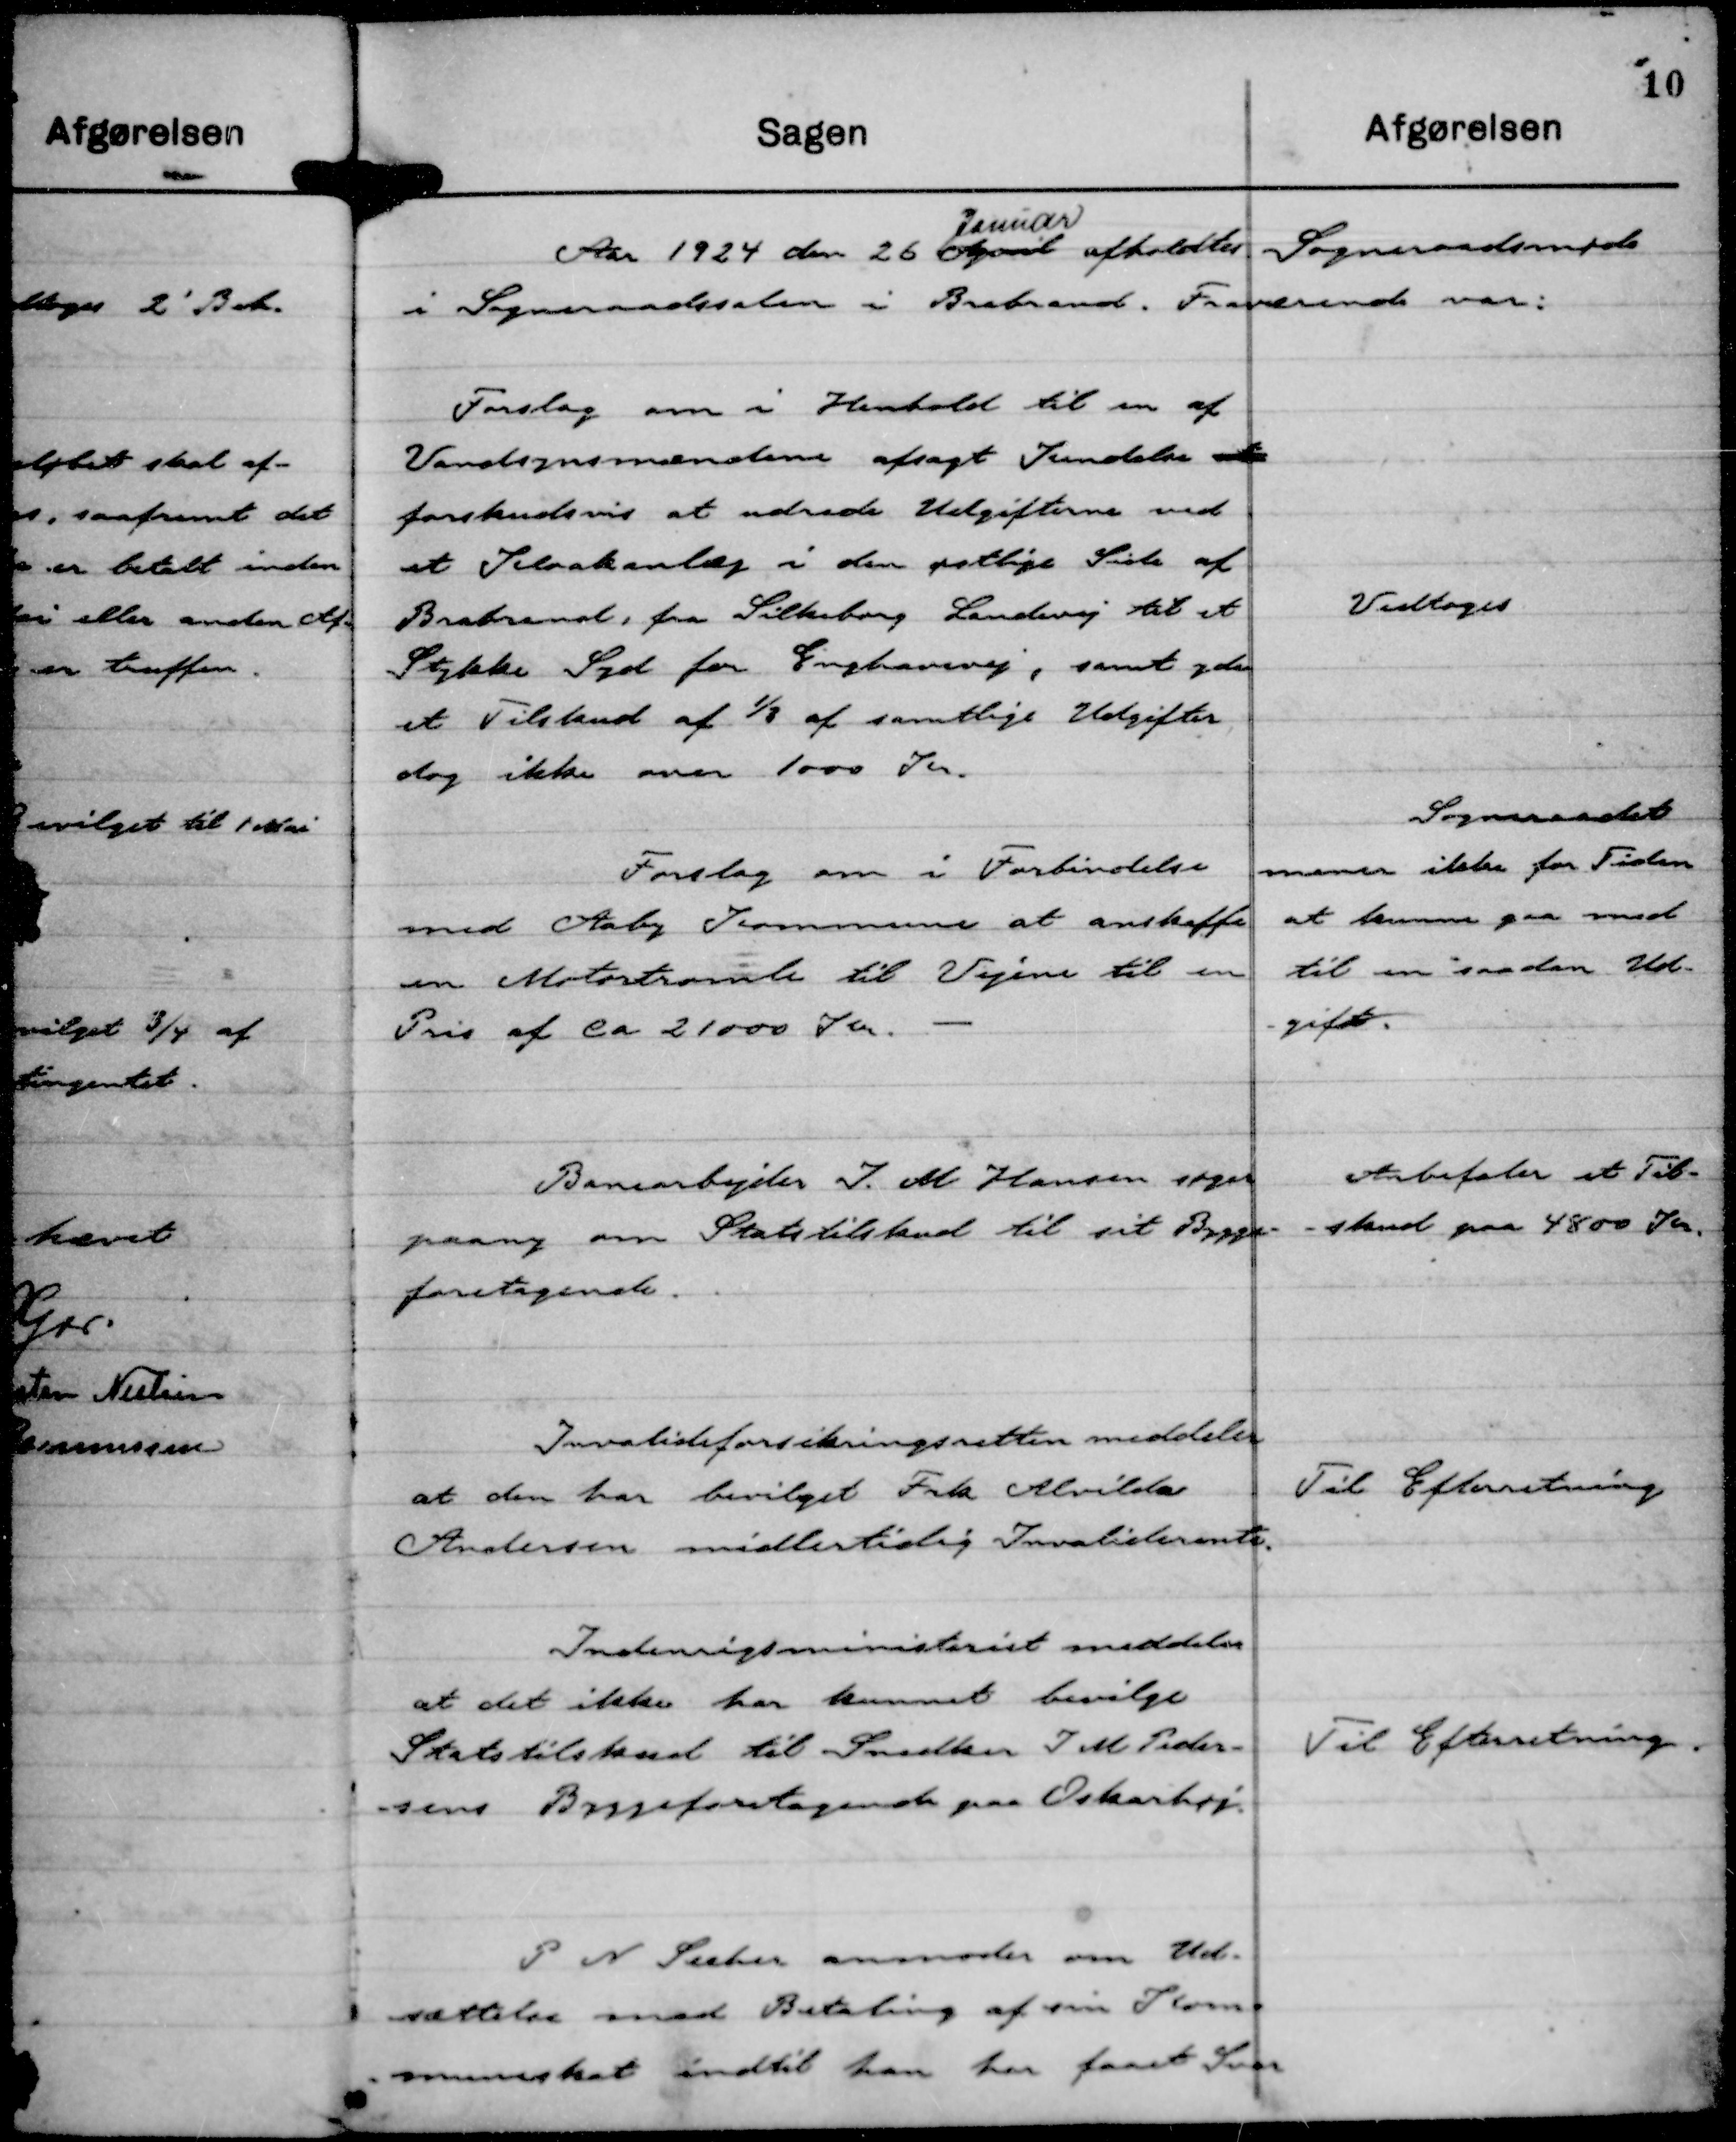
Transskription:
Aar 1924 den 26 April
Januar
afholdtes Sogneraadsmøde
i Sogneraadssalen i Brabrand. Fraværende var:

Forslag om i Henhold til en af
Vandsynsmændene afsagt Kendelse vedr
forskudsvis at udrede Udgifterne ved
et Kloakanlæg i den østlige Side af
Brabrand, fra Silkeborg Landevej til et
Stykke Syd for Enghavevej, samt yde
et Tilskud af ⅓ af samtlige Udgifter
dog ikke over 1000 Kr.

Vedtoges

Forslag om i Forbindelse
med Aaby Kommune at anskaffe
en Motortromle til Vejene til en
Pris af ca 21000 Kr.

Sogneraadet
mener ikke for Tiden
at kunne gaa med
til en saadan Ud-
gift.

Banearbejder J. M Hansen søger
paany om Statstilskud til sit Bygge-
foretagende.

Anbefaler et Til-
-skud paa 4800 Kr.

Invalideforsikringsretten meddeler
at den har bevilget Frk Alvilda
Andersen midlertidig Invaliderente.

Til Efterretning

Indenrigsministeriet meddeler
at det ikke har kunnet bevilge
Statstilskud til Snedker J M Peder-
sens Byggeforetagende paa Oskarhøj.

Til Efterretning.

P N Secher anmoder om Ud-
sættelse med Betaling af sin Kom-
muneskat indtil han har faaet Svar